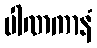
ပါဏကာနံ